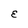
Character: E